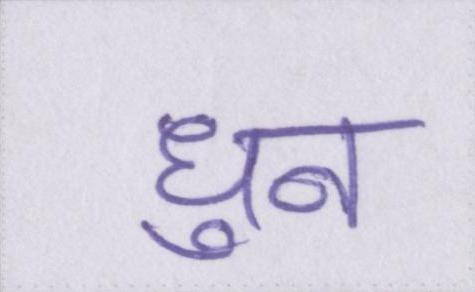
धुन